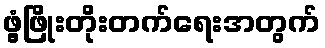
ဖွံ့ဖြိုးတိုးတက်ရေးအတွက်